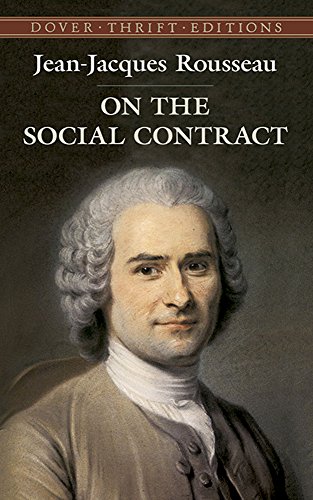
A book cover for On the Social Contract (Dover Thrift Editions); Jean-Jacques Rousseau; Politics & Social Sciences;